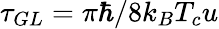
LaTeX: \tau_{GL}=\pi\hbar/8k_{B}T_{c}u